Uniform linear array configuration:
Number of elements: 64
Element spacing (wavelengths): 1
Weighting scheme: hamming
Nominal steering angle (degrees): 15
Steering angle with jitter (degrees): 16.961
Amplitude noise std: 0.05
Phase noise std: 0.05

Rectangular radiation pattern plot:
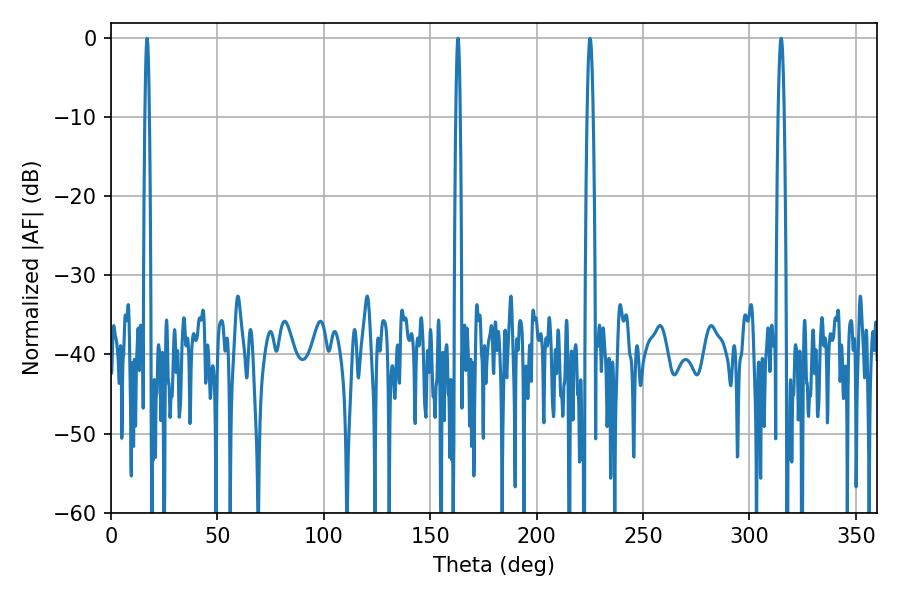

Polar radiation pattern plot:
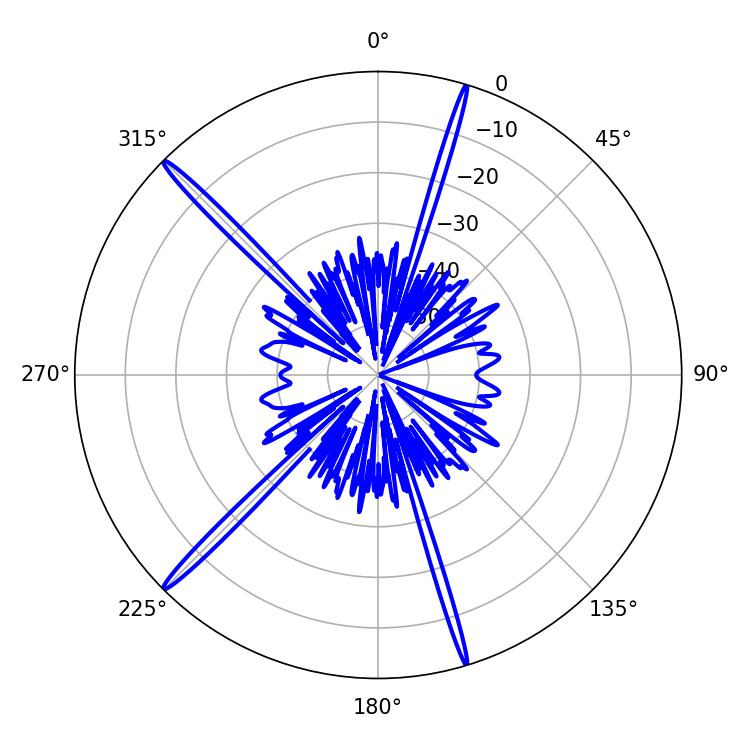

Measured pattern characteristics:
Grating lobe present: TRUE
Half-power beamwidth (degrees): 1.08
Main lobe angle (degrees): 16.92